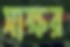
সাক্ষর